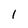
Character: 1